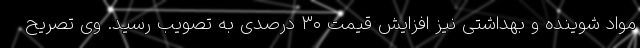
مواد شوینده و بهداشتی نیز افزایش قیمت ۳۰ درصدی به تصویب رسید. وی تصریح